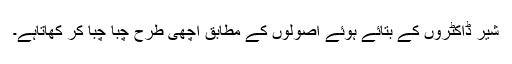
شیر ڈاکٹروں کے بتائے ہوئے اصولوں کے مطابق اچھی طرح چبا چبا کر کھاتاہے۔